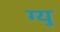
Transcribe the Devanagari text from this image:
ग्यु